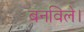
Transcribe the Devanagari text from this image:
बनविले।